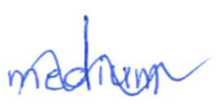
Text: medium
Cross-out: mix
Writing tool: ballpoint